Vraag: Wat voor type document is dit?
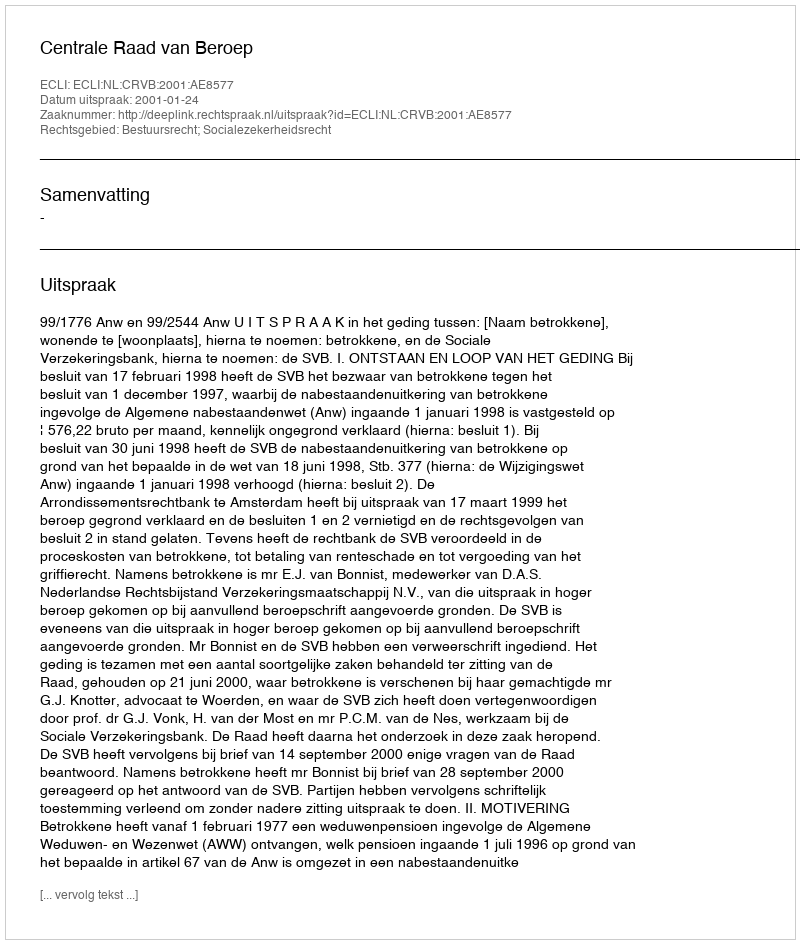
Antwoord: Uitspraak